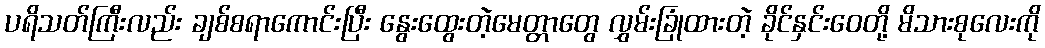
ပရိသတ်ကြီးလည်း ချစ်စရာကောင်းပြီး နွေးထွေးတဲ့မေတ္တာတွေ လွှမ်းခြုံထားတဲ့ ခိုင်နှင်းဝေတို့ မိသားစုလေးကို